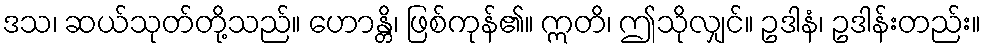
ဒသ၊ ဆယ်သုတ်တို့သည်။ ဟောန္တိ၊ ဖြစ်ကုန်၏။ ဣတိ၊ ဤသိုလျှင်။ ဥဒါနံ၊ ဥဒါန်းတည်း။